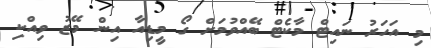
މި އަހަރު ނައިޓް މާކެޓް ބޭއްވުމަށް ގޯ މީޑިއާ އިން މޭޒު ވިއްކި